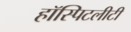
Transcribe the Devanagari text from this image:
हॉस्पिटलीटी